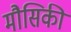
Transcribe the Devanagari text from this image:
मौसिकी